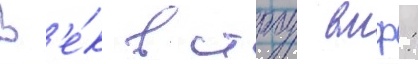
В'е́к в строу вмф: